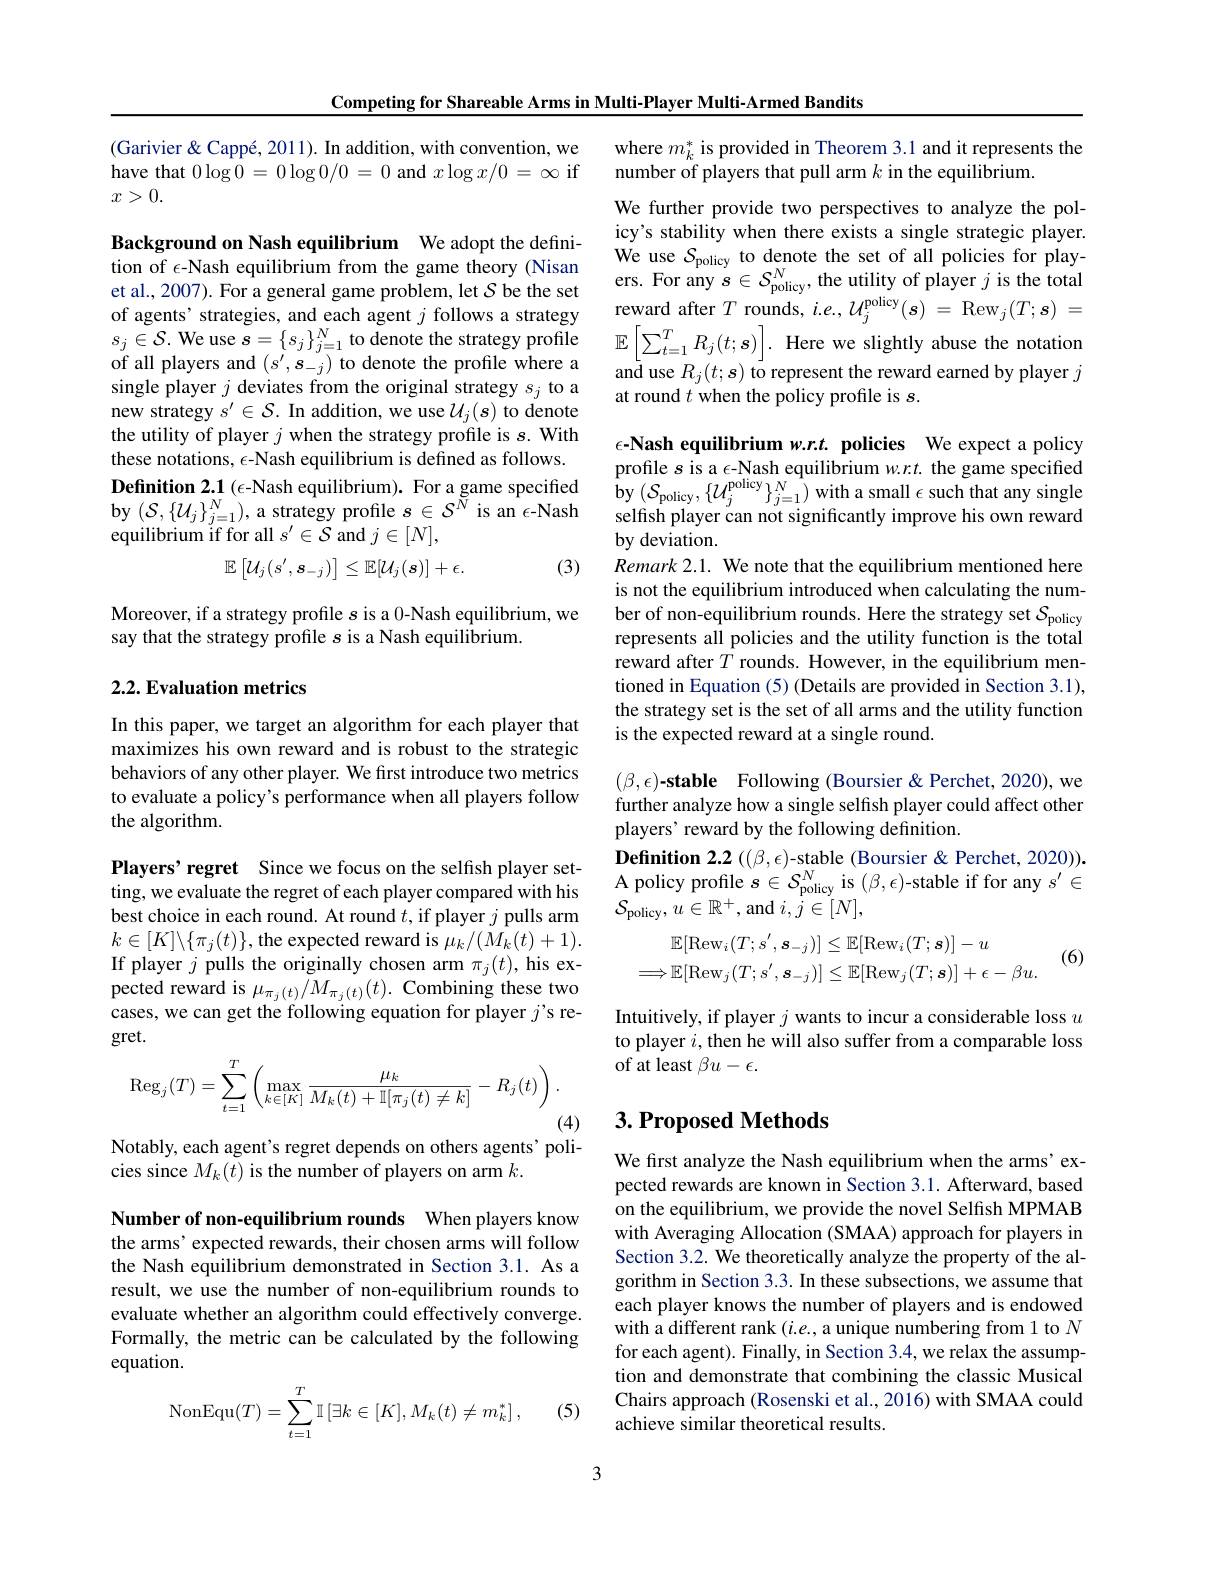
Competing for Shareable Arms in Multi-Player Multi-Armed Bandits

(Garivier& Cappé, 2011). In addition, with convention, we have that $0\log0=0\log0/0=0$ and $x\log x/0=\infty$ if $x>0.$

Background on Nash equilibrium We adopt the definition of $\epsilon$-Nash equilibrium from the game theory (Nisan et al., 2007). For a general game problem, let $S$ be the set of agents' strategies, and each agent $j$ follows a strategy of all players and $(s^{\prime},s_{-j})$ to denote the profile where a single player $j$ deviates from the original strategy $s_j$ to a new strategy $s^\prime\in\mathcal{S}.$ In addition, we use $\mathcal{U}_j(s)$ to denote the utility of player $j$ when the strategy profile is $s.$ With these notations, $\epsilon$-Nash equilibrium is defined as follows. $\textbf{Definition 2. 1 ( - Nash equilibrium) . For a game specified}$ by $( \mathcal{S} _{\text{policy}}, \{ \mathcal{U} _{j}^{\text{policy}}\} _{j= 1}^{N})$with a small $\epsilon$ such that any single by $( \mathcal{S} , \{ \mathcal{U} _{j}\} _{j= 1}^{N}) $, a strategy profile $s\in \mathcal{S} ^{N}$ is an $\epsilon$- Nash selfish pl
equilibrium if for all $s^\prime\in\mathcal{S}$ and $j\in[N]$,
(3)
$$\mathbb{E}\left[\mathcal{U}_{j}(s',\boldsymbol{s}_{-j})\right]\leq\mathbb{E}[\mathcal{U}_{j}(\boldsymbol{s})]+\epsilon.$$
Moreover, if a strategy profile $s$ is a 0-Nash equilibrium, we
say that the strategy profile $s$ is a Nash equilibrium.

## 2.2. Evaluation metrics

In this paper, we target an algorithm for each player that maximizes his own reward and is robust to the strategic behaviors of any other player. We first introduce two metrics to evaluate a policy's performance when all players follow the algorithm.

Players' regret Since we focus on the selfish player setting, we evaluate the regret of each player compared with his best choice in each round. At round $t$, if player $j$ pulls arm $k\in[K]\backslash\{\pi_{j}(t)\}$, the expected reward is $\mu_k/(M_{k}(t)+1).$ If player $j$ pulls the originally chosen arm $\pi_j(t)$, his expected reward is $\mu_{\pi_{j}(t)}/M_{\pi_{j}(t)}(t).$ Combining these two cases, we can get the following equation for player $j^\mathrm{~s~re-}$ gret.
$$\operatorname{Reg}_j(T)=\sum_{t=1}^T\left(\max_{k\in[K]}\frac{\mu_k}{M_k(t)+\mathbb{I}[\pi_j(t)\neq k]}-R_j(t)\right).$$
(4)

Notably, each agent's regret depends on others agents' poli-

cies since $M_k(t)$ is the number of players on arm $k.$

Number of non-equilibrium rounds When players know the arms' expected rewards, their chosen arms will follow the Nash equilibrium demonstrated in Section 3.1. As a result, we use the number of non-equilibrium rounds to evaluate whether an algorithm could effectively converge. Formally, the metric can be calculated by the following equation.
$$\operatorname{NonEqu}(T)=\sum\limits_{t=1}^T\mathbb{I}\left[\exists k\in[K],M_k(t)\neq m_k^*\right],$$
(5)

where $m_k^*$ is provided in Theorem 3.1 and it represents the
number of players that pull arm $k$ in the equilibrium.

We further provide two perspectives to analyze the policy's stability when there exists a single strategic player. We use $S_{\mathrm{policy}}$ to denote the set of all policies for players. For any $s\in\mathcal{S}_\mathrm{policy}^{N}$, the utility of player $j$ is the total reward after $T$ rounds, $i.e.,U_{j}^\mathrm{policy}(s)=$ Rew$_j(T;\boldsymbol s)=$
$s_j\in\mathcal{S}.$ We use $s=\{s_j\}_j=1^N$ to denote the strategy profile $\mathbb{E} \left [ \sum _t= 1^TR_j( t; \boldsymbol{s}) \right ] .$ Here we slightly abuse the notation
and use $R_j(t;s)$ to represent the reward earned by player $j$
at round $t$ when the policy profile is $s.$

$\epsilon$-Nash equilibrium $w.r.t.$ policies We expect a policy profile $s$ is a $\epsilon$-Nash equilibrium $w.rt.$ the game specified by deviation.
Remark 2.1. We note that the equilibrium mentioned here is not the equilibrium introduced when calculating the number of non-equilibrium rounds. Here the strategy set $\mathcal{S}_\mathrm{policy}$ represents all policies and the utility function is the total reward after $T$ rounds. However, in the equilibrium mentioned in Equation (5) (Details are provided in Section 3.1), the strategy set is the set of all arms and the utility function is the expected reward at a single round

$( \beta , \epsilon ) \textbf{- stable}$ Following (Boursier&Perchet,2020),we further analyze how a single selfish player could affect other players' reward by the following definition.
$\textbf{Definition 2. 2( ( , ) - stable( Boursier < Perchet, 2020) ) . }$ A policy profile $s\in\mathcal{S}_\mathrm{policy}^N$ is $(\beta,\epsilon)$-stable if for any $s^\prime\in$ $\mathcal{S}_{\mathrm{policy}},u\in\mathbb{R}^{+}$,and $i,j\in[N]$,
$$\begin{aligned}\mathbb{E}[\mathrm{Rew}_{i}(T;s^{\prime},\boldsymbol{s}_{-j})]&\leq\mathbb{E}[\mathrm{Rew}_{i}(T;\boldsymbol{s})]-u\\\Longrightarrow\mathbb{E}[\mathrm{Rew}_{j}(T;s^{\prime},\boldsymbol{s}_{-j})]&\leq\mathbb{E}[\mathrm{Rew}_{j}(T;\boldsymbol{s})]+\epsilon-\beta u.\end{aligned}$$
(6)

Intuitively, if player $j$ wants to incur a considerable loss $u$ to player $i$, then he will also suffer from a comparable loss of at least $\beta u-\epsilon.$

## 3. Proposed Methods

We first analyze the Nash equilibrium when the arms'expected rewards are known in Section 3.1. Afterward, based on the equilibrium, we provide the novel Selfish MPMAB with Averaging Allocation (SMAA) approach for players in Section 3.2. We theoretically analyze the property of the algorithm in Section 3.3. In these subsections, we assume that each player knows the number of players and is endowed with a different rank $(i.e.$, a unique numbering from 1 to $N$ for each agent). Finally, in Section 3.4, we relax the assumption and demonstrate that combining the classic Musical Chairs approach (Rosenski et al., 2016) with SMAA could achieve similar theoretical results.

3